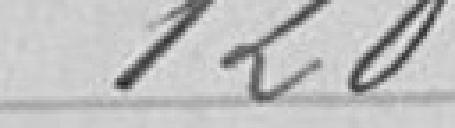
120